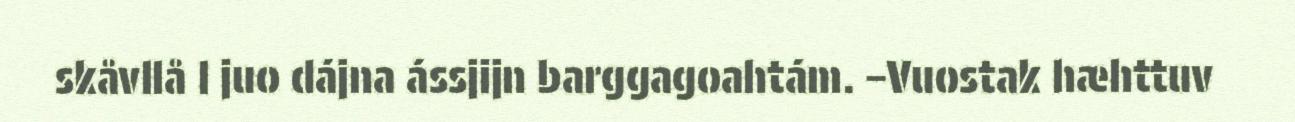
skåvllå l juo dájna ássjijn barggagoahtám. –Vuostak hæhttuv